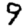
Digit: 9